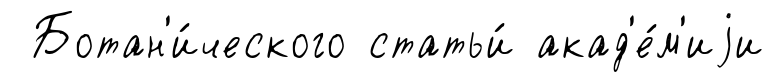
Ботан'и́ческого статьи́ акад'е́м'иjи